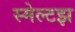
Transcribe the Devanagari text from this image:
स्मेल्टझ